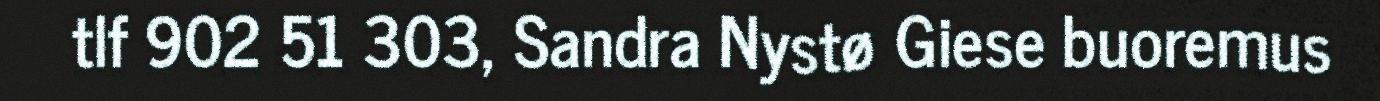
tlf 902 51 303, Sandra Nystø Giese buoremus